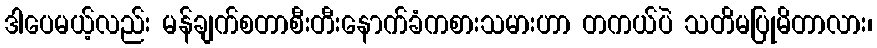
ဒါပေမယ့်လည်း မန်ချက်စတာစီးတီးနောက်ခံကစားသမားဟာ တကယ်ပဲ သတိမပြုမိတာလား၊